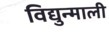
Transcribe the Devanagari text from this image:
विद्युन्माली